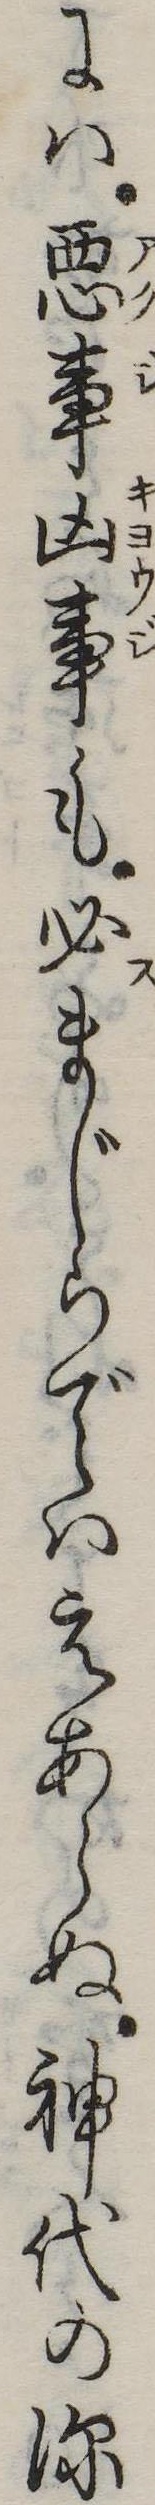
には悪事凶事も必まじらではえあらぬ神代の深